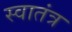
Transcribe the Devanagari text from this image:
स्‍वातंत्र